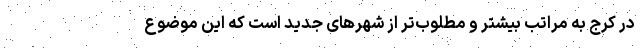
در کرج به مراتب بیشتر و مطلوب‌‌تر از شهرهای جدید است که این موضوع